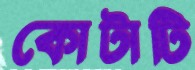
কোটাটি